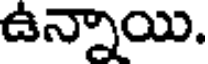
ఉన్నాయి.